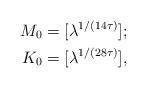
LaTeX: \begin{align*}M_0 &= [\lambda^{1/(14\tau)}]; \\K_0 &= [\lambda^{1/(28\tau)}],\end{align*}